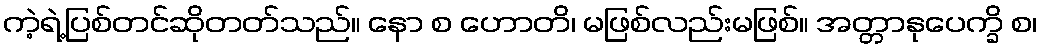
ကဲ့ရဲ့ပြစ်တင်ဆိုတတ်သည်။ နော စ ဟောတိ၊ မဖြစ်လည်းမဖြစ်။ အတ္တာနုပေက္ခိ စ၊